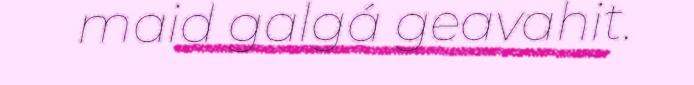
maid galgá geavahit.